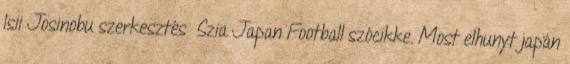
Isii Josinobu szerkesztés Szia Japan Football szócikke. Most elhunyt japán